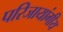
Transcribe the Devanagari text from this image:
परिजायांगीय